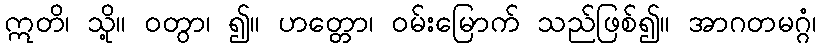
ဣတိ၊ သို့။ ဝတွာ၊ ၍။ ဟတ္တော၊ ဝမ်းမြောက် သည်ဖြစ်၍။ အာဂတမဂ္ဂံ၊